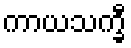
ကာယသက္ခီ